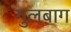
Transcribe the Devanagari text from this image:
गुलबाग